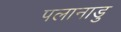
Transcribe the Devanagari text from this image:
पलानाडु